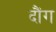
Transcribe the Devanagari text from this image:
दौंग